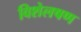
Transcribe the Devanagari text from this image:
विशेलषण